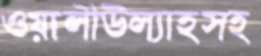
ওয়ালীউল্যাহসহ